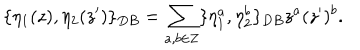
LaTeX: \{ \eta _ { 1 } ( z ) , \eta _ { 2 } ( z ^ { \prime } ) \} _ { D B } = \sum _ { a , b \in { \bf Z } } \{ \eta _ { 1 } ^ { a } , \eta _ { 2 } ^ { b } \} _ { D B } z ^ { a } ( z ^ { \prime } ) ^ { b } .